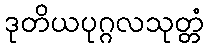
ဒုတိယပုဂ္ဂလသုတ္တံ